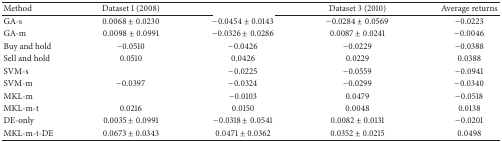
<table><thead><tr><td><b>Method</b></td><td><b>Dataset 1 (2008)</b></td><td>[EMPTY_CELL]</td><td><b>Dataset 3 (2010)</b></td><td><b>Average returns</b></td></tr></thead><tbody><tr><td>GA-s</td><td>0.0068 ± 0.0230</td><td>−0.0454 ± 0.0143</td><td>−0.0284 ± 0.0569</td><td>−0.0223</td></tr><tr><td>GA-m</td><td>0.0098 ± 0.0991</td><td>−0.0326 ± 0.0286</td><td>0.0087 ± 0.0241</td><td>−0.0046</td></tr><tr><td>Buy and hold</td><td>−0.0510</td><td>−0.0426</td><td>−0.0229</td><td>−0.0388</td></tr><tr><td>Sell and hold</td><td>0.0510</td><td>0.0426</td><td>0.0229</td><td>0.0388</td></tr><tr><td>SVM-s</td><td>[EMPTY_CELL]</td><td>−0.0225</td><td>−0.0559</td><td>−0.0941</td></tr><tr><td>SVM-m</td><td>−0.0397</td><td>−0.0324</td><td>−0.0299</td><td>−0.0340</td></tr><tr><td>MKL-m</td><td>[EMPTY_CELL]</td><td>−0.0103</td><td>0.0479</td><td>−0.0518</td></tr><tr><td>MKL-m-t</td><td>0.0216</td><td>0.0150</td><td>0.0048</td><td>0.0138</td></tr><tr><td>DE-only</td><td>0.0035 ± 0.0991</td><td>−0.0318 ± 0.0541</td><td>0.0082 ± 0.0131</td><td>−0.0201</td></tr><tr><td>MKL-m-t-DE</td><td>0.0673 ± 0.0343</td><td>0.0471 ± 0.0362</td><td>0.0352 ± 0.0215</td><td>0.0498</td></tr></tbody></table>